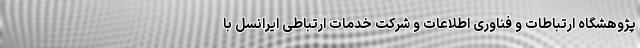
پژوهشگاه ارتباطات و فناوری اطلاعات و شرکت خدمات ارتباطی ایرانسل با